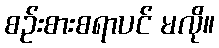
စဉ်းစားစရာပင် မလို။